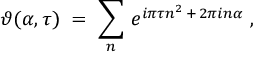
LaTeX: \vartheta ( \alpha , \tau ) \; = \; \sum _ { n } \, e ^ { i \pi \tau n ^ { 2 } \, + \, 2 \pi i n \alpha } \; ,